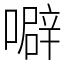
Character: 噼